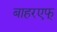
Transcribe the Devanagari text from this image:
बाहरएफ्